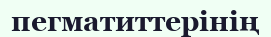
пегматиттерінің